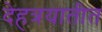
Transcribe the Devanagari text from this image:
देहत्रयातीत